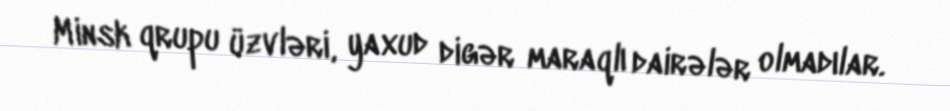
Minsk qrupu üzvləri, yaxud digər maraqlı dairələr olmadılar.